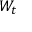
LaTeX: \textstyle W _ { t }